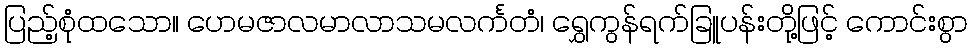
ပြည့်စုံထသော။ ဟေမဇာလမာလာသမလင်္ကတံ၊ ရွှေကွန်ရက်ခြူပန်းတို့ဖြင့် ကောင်းစွာ